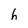
Character: h